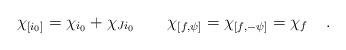
LaTeX: \begin{align*}\chi_{[i_0]} = {\chi}_{i_0} + {\chi}_{Ji_0} \;\;\;\;\;\;\; \chi_{[f,\psi]} = \chi_{[f,-\psi]} = {\chi}_f \;\;\;\; .\end{align*}